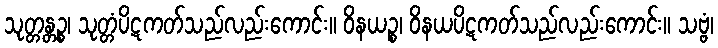
သုတ္တန္တဉ္စ၊ သုတ္တံပိဋကတ်သည်လည်းကောင်း။ ဝိနယဉ္စ၊ ဝိနယပိဋကတ်သည်လည်းကောင်း။ သဗ္ဗံ၊